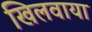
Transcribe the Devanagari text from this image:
खिलवाया